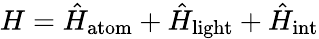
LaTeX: H=\hat{H}_{{\mathrm{atom}}}+\hat{H}_{{\mathrm{light}}}+\hat{H}_{{\mathrm{int}}}